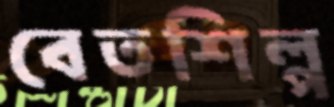
বেতশিল্প